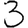
Digit: 3